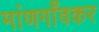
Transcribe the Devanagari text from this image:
मांणगाँवकर